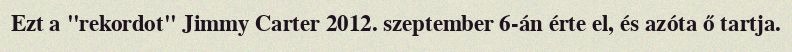
Ezt a "rekordot" Jimmy Carter 2012. szeptember 6-án érte el, és azóta ő tartja.